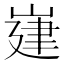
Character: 𡺅